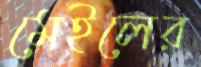
মেইলের